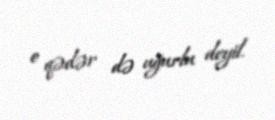
o qədər də uğurlu deyil.